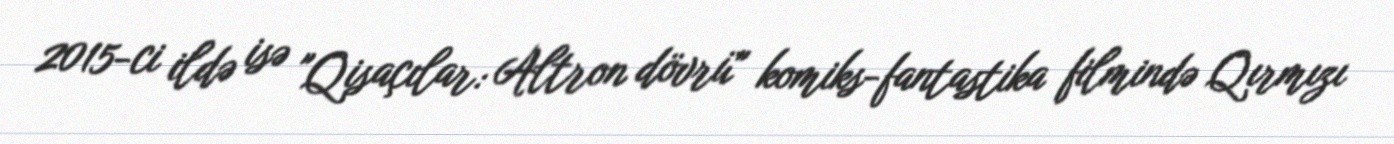
2015-ci ildə isə "Qisaçılar: Altron dövrü" komiks-fantastika filmində Qırmızı